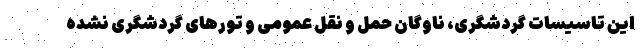
این تاسیسات گردشگری، ناوگان حمل و نقل عمومی و تورهای گردشگری نشده